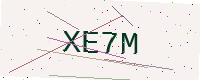
Text: XE7M